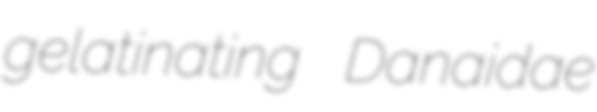
gelatinating Danaidae